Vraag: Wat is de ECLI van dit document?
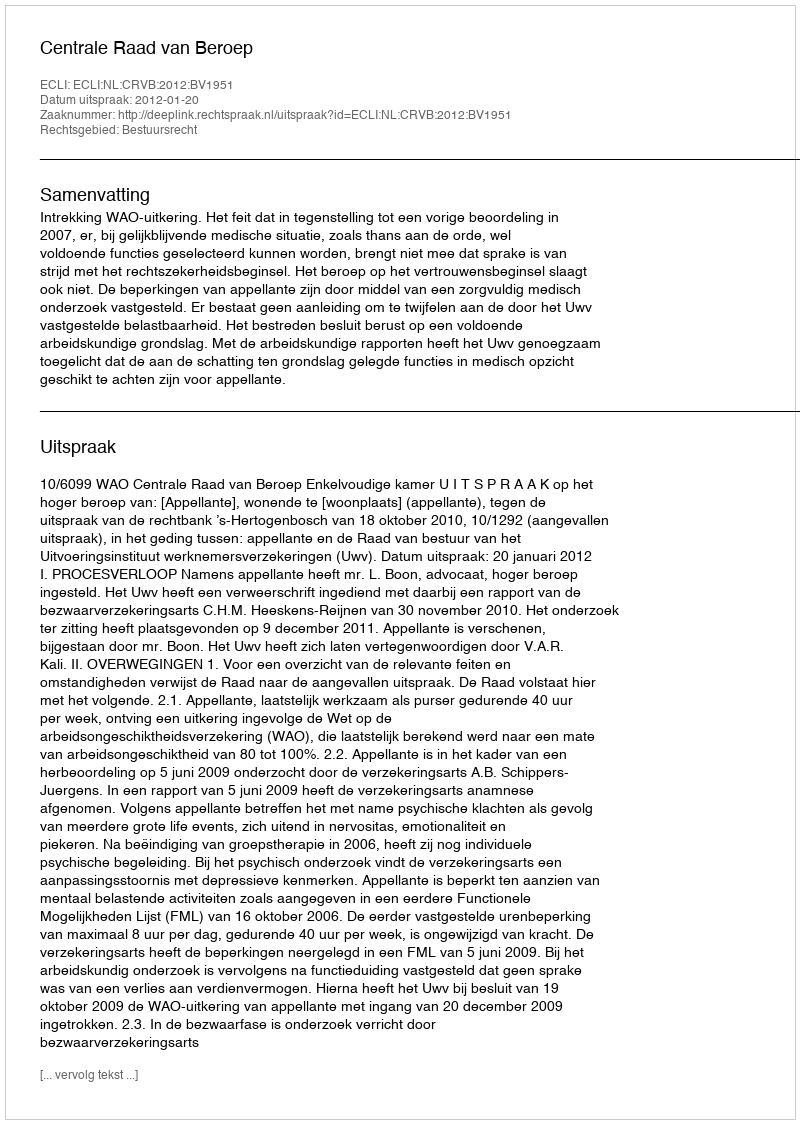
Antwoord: ECLI:NL:CRVB:2012:BV1951